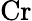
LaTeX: \mathrm{Cr}